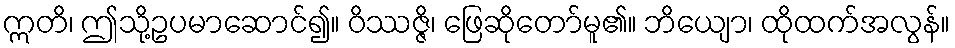
ဣတိ၊ ဤသို့ဥပမာဆောင်၍။ ဝိဿဇ္ဇိ၊ ဖြေဆိုတော်မူ၏။ ဘိယျော၊ ထိုထက်အလွန်။